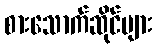
စားသောက်ဆိုင်များ